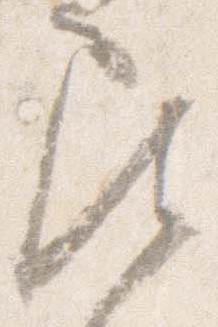
尋